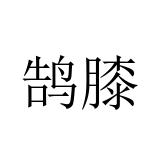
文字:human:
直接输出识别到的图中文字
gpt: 鹄膝